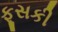
ફૂસકી